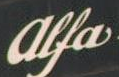
Alfa